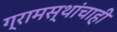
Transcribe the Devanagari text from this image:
ग्रामस्थांचाही